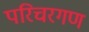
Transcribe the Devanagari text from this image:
परिचरगण